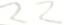
2 2